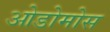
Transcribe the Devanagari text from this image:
ओडोमोस